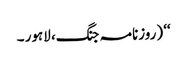
‘‘ (روزنامہ جنگ، لاہور ۔